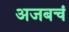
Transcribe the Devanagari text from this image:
अजबचं